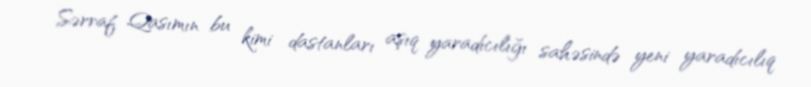
Sərraf Qasımın bu kimi dastanları aşıq yaradıcılığı sahəsində yeni yaradıcılıq